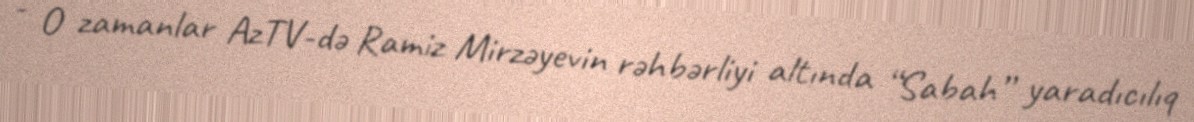
- O zamanlar AzTV-də Ramiz Mirzəyevin rəhbərliyi altında “Sabah” yaradıcılıq